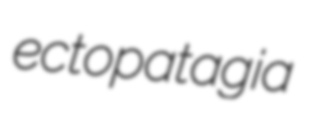
ectopatagia